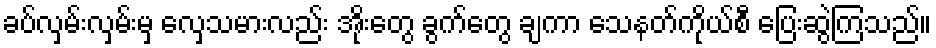
ခပ်လှမ်းလှမ်းမှ လှေသမားလည်း အိုးတွေ ခွက်တွေ ချကာ သေနတ်ကိုယ်စီ ပြေးဆွဲကြသည်။